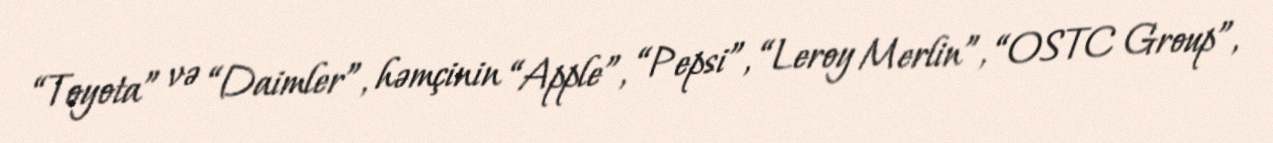
“Toyota” və “Daimler”, həmçinin “Apple”, “Pepsi”, “Leroy Merlin”, “OSTC Group”,